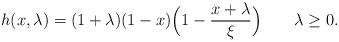
LaTeX: \begin{align*}h(x,\lambda)=(1+\lambda)(1-x)\Bigl(1-\frac{x+\lambda}{\xi}\Bigr)\qquad\lambda\ge 0.\end{align*}